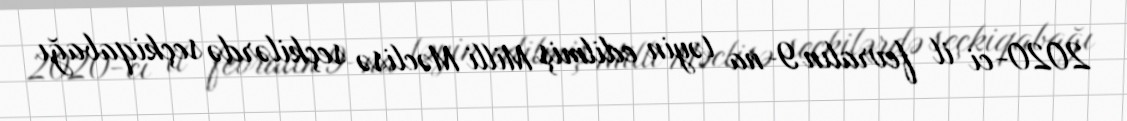
2020-ci il fevralın 9-na təyin edilmiş Milli Məclisə seçkilərdə seçkiqabağı